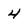
Character: 4